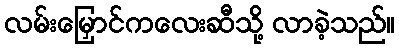
လမ်းမြှောင်ကလေးဆီသို့ လာခဲ့သည်။